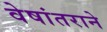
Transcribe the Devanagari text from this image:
वेषांतराने